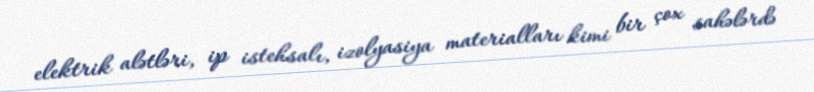
elektrik alətləri, ip istehsalı, izolyasiya materialları kimi bir çox sahələrdə